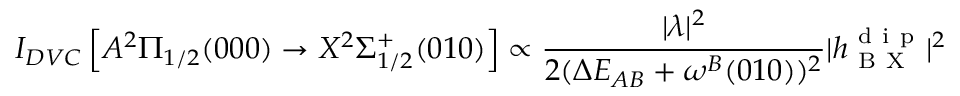
I _ { D V C } \left[ A ^ { 2 } \Pi _ { 1 / 2 } ( 0 0 0 ) \rightarrow X ^ { 2 } \Sigma _ { 1 / 2 } ^ { + } ( 0 1 0 ) \right] \propto \frac { | \lambda | ^ { 2 } } { 2 ( \Delta E _ { A B } + \omega ^ { B } ( 0 1 0 ) ) ^ { 2 } } | h _ { \mathrm { ~ B ~ X ~ } } ^ { \mathrm { ~ d ~ i ~ p ~ } } | ^ { 2 }